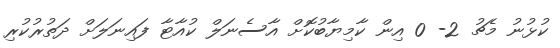
ކުޅުނު މެޗު 2- 0 އިން ކާމިޔާބުކޮށް އާސެނަލް ކުއާޓާ ފައިނަލަށް ދަތުރުކުރި